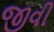
જીવી